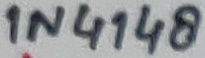
Text: 1N4148